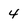
Character: 4